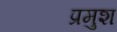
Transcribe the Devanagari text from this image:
प्रमुश